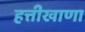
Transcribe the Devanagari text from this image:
हत्तीखाणा